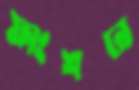
ফাংশনে